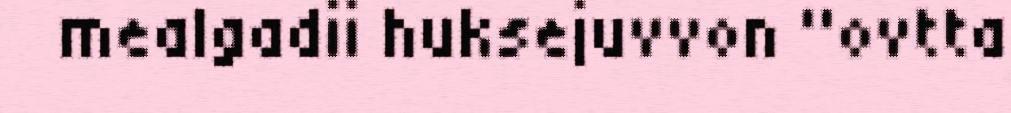
mealgadii huksejuvvon "ovtta